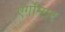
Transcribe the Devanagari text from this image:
एर्गोमार